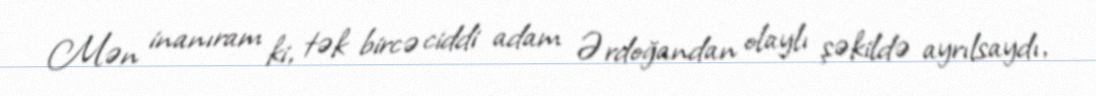
Mən inanıram ki, tək bircə ciddi adam Ərdoğandan olaylı şəkildə ayrılsaydı,